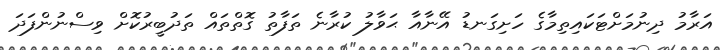
އަރާމު ދިނުމަށްޓަކައިތިމާގެ ހަށިގަނޑު އޭނާއާ ޙަވާލު ކުރާނެ ތަފާތު ގޮތްތައް ތަދުބީރުކޮށް ވިސްނުންފަދަ